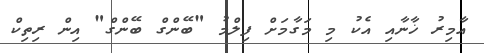
އާމިރު ޚާނާއި އެކު މި މަގާމަށް ފިލްމު "ބޭންގް ބޭންގް" އިން ރިތިކް